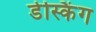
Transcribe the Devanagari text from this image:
डेस्किंग